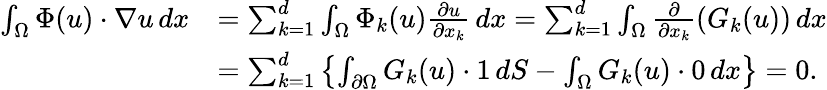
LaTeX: \begin{array}{rl}{\int_{\Omega}\Phi(u)\cdot\nabla u\, dx}&{=\sum_{k=1}^{d}\int_{\Omega}\Phi_{k}(u)\frac{\partial u}{\partial x_{k}}\, dx=\sum_{k=1}^{d}\int_{\Omega}\frac{\partial}{\partial x_{k}}(G_{k}(u))\, dx}\\ &{=\sum_{k=1}^{d}\left\{ \int_{\partial\Omega}G_{k}(u)\cdot 1\, dS-\int_{\Omega}G_{k}(u)\cdot 0\, dx\right\} =0.}\end{array}